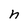
Character: h